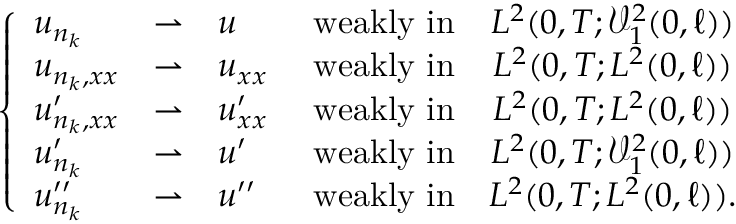
\begin{array} { r } { \left\{ \begin{array} { l c l c c l } { u _ { n _ { k } } } & { \rightharpoonup } & { u \ } & { \mathrm { w e a k l y ~ i n } } & { L ^ { 2 } ( 0 , T ; \mathcal { V } _ { 1 } ^ { 2 } ( 0 , \ell ) ) } \\ { u _ { n _ { k } , x x } } & { \rightharpoonup } & { u _ { x x } \ } & { \mathrm { w e a k l y ~ i n } } & { L ^ { 2 } ( 0 , T ; L ^ { 2 } ( 0 , \ell ) ) } \\ { u _ { n _ { k } , x x } ^ { \prime } } & { \rightharpoonup } & { u _ { x x } ^ { \prime } \ } & { \mathrm { w e a k l y ~ i n } } & { L ^ { 2 } ( 0 , T ; L ^ { 2 } ( 0 , \ell ) ) } \\ { u _ { n _ { k } } ^ { \prime } } & { \rightharpoonup } & { u ^ { \prime } \ } & { \mathrm { w e a k l y ~ i n } } & { L ^ { 2 } ( 0 , T ; \mathcal { V } _ { 1 } ^ { 2 } ( 0 , \ell ) ) } \\ { u _ { n _ { k } } ^ { \prime \prime } } & { \rightharpoonup } & { u ^ { \prime \prime } \ } & { \mathrm { w e a k l y ~ i n } } & { L ^ { 2 } ( 0 , T ; L ^ { 2 } ( 0 , \ell ) ) . } \end{array} \right. } \end{array}